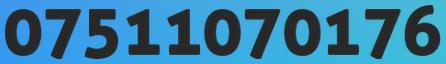
07511070176